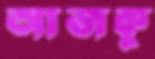
আজকু